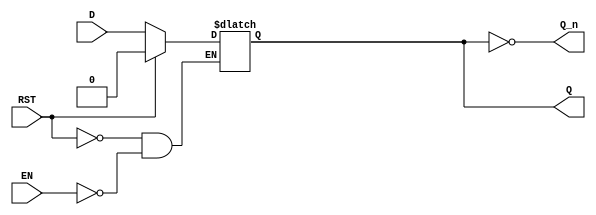
module LatchRegister (
    input wire D,         // Data Input
    input wire EN,        // Enable Signal
    input wire RST,       // Asynchronous Reset (optional)
    output reg Q,        // Output
    output wire Q_n       // Inverted Output
);

// Inverted output
assign Q_n = ~Q;

// Asynchronous reset functionality
always @(*) begin
    if (RST) begin
        Q <= 1'b0; // Reset Q to 0
    end else if (EN) begin
        Q <= D;    // Capture the input data when EN is active
    end
    // If EN is not active, Q retains its previous state
end

endmodule